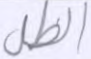
الظل